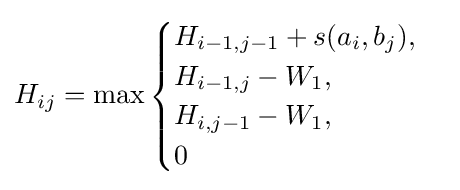
H_{ij}=\max {\begin{cases}H_{i-1,j-1}+s(a_{i},b_{j}),\\H_{i-1,j}-W_{1},\\H_{i,j-1}-W_{1},\\0\end{cases}}